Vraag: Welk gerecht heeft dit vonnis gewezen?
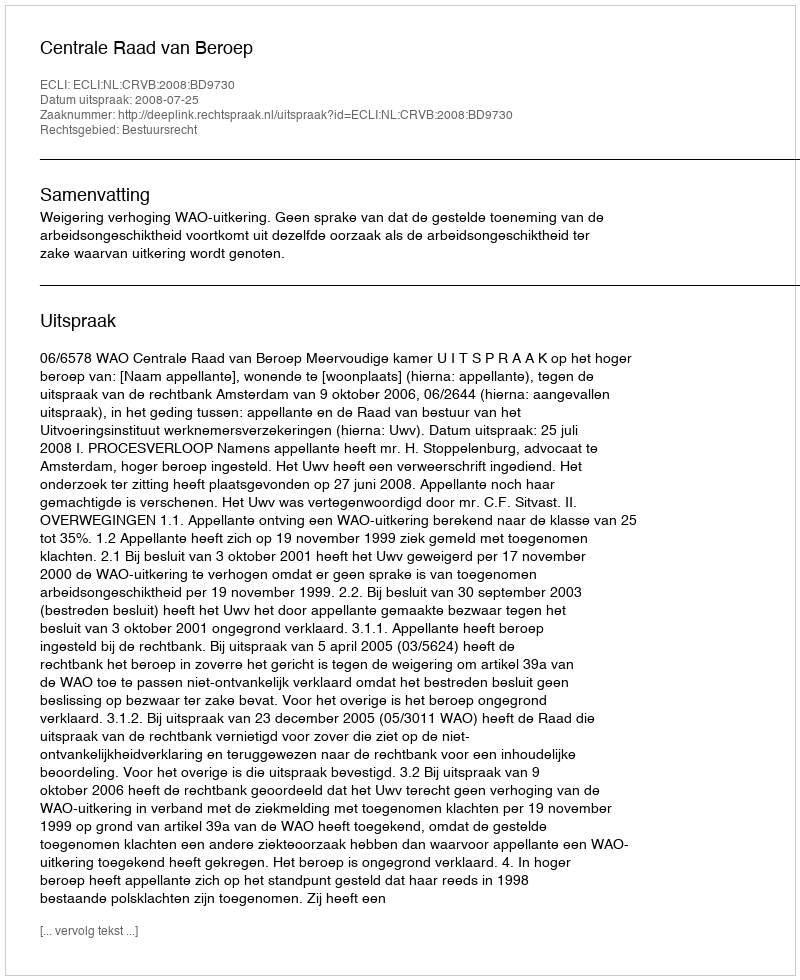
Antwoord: Centrale Raad van Beroep